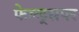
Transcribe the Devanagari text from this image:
फेल्ड्सपर